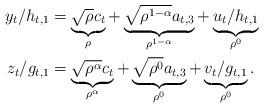
LaTeX: \begin{align*} y_t/ h_{t,1} &= \underbrace{ \sqrt{\rho} c_t }_{\rho} +\underbrace{ \sqrt{\rho^{1- \alpha}} a_{t,3} }_{\rho^{1-\alpha}} +\underbrace{ u_t /h_{t,1} }_{\rho^{0}} \\ z_t/ g_{t,1} &= \underbrace{ \sqrt{\rho^{\alpha}} c_t }_{\rho^{\alpha}} +\underbrace{ \sqrt{\rho^{0}} a_{t,3} }_{\rho^{0}} +\underbrace{ v_t/ g_{t,1} }_{\rho^{0}}. \end{align*}